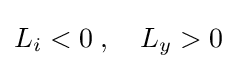
L_{i}<0\;,\quad L_{y}>0